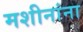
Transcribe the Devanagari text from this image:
मशीनांना